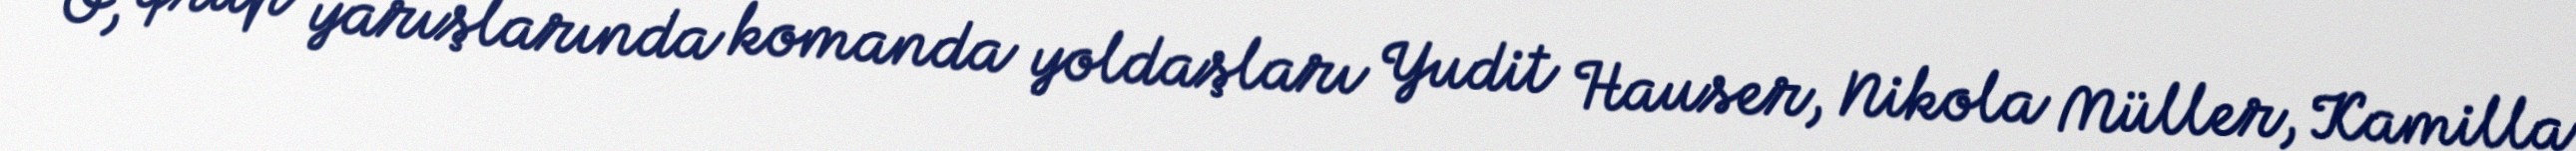
O, qrup yarışlarında komanda yoldaşları Yudit Hauser, Nikola Müller, Kamilla